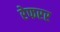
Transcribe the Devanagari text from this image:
रेफरर